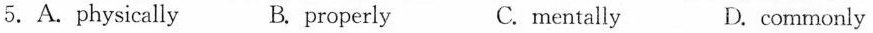
5.Aphysically B. properly C.mentally D. commonly